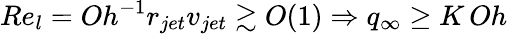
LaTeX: Re_{l}=Oh^{-1}r_{jet}v_{jet}\gtrsim O(1)\Rightarrow q_{\infty}\geq K\, Oh